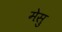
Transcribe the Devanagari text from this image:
मेसु